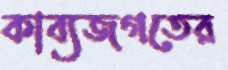
কাব্যজগতের